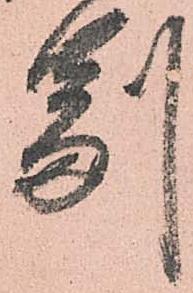
副